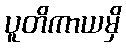
ပူတိကာယမှိ